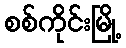
စစ်ကိုင်းမြို့